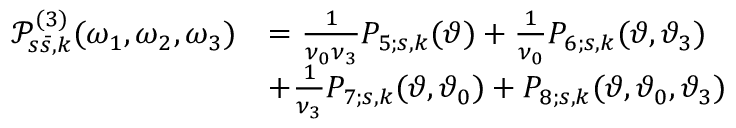
\begin{array} { r l } { \mathcal { P } _ { s \bar { s } , k } ^ { ( 3 ) } ( \omega _ { 1 } , \omega _ { 2 } , \omega _ { 3 } ) } & { = \frac { 1 } { \nu _ { 0 } \nu _ { 3 } } P _ { 5 ; s , k } ( \vartheta ) + \frac { 1 } { \nu _ { 0 } } P _ { 6 ; s , k } ( \vartheta , \vartheta _ { 3 } ) } \\ & { + \frac { 1 } { \nu _ { 3 } } P _ { 7 ; s , k } ( \vartheta , \vartheta _ { 0 } ) + P _ { 8 ; s , k } ( \vartheta , \vartheta _ { 0 } , \vartheta _ { 3 } ) } \end{array}